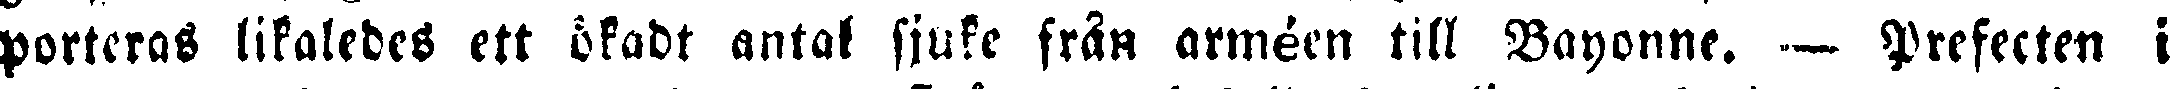
porteras likaledes ett ökadt antal sjuke från arméen till Vayonne. - Prefecten i